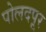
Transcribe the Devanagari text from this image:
पोलदपूर